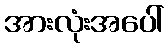
အားလုံးအပေါ်